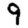
Digit: 9